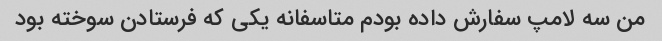
من سه لامپ سفارش داده بودم متاسفانه یکی که فرستادن سوخته بود